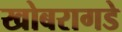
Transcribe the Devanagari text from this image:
खोबरागडे